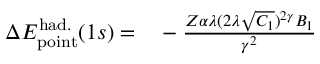
\begin{array} { r l } { \Delta { E } _ { \mathrm { p o i n t } } ^ { \mathrm { h a d . } } ( 1 s ) = } & { { } - \frac { Z \alpha \lambda ( 2 \lambda \sqrt { C _ { 1 } } ) ^ { 2 \gamma } B _ { 1 } } { \gamma ^ { 2 } } } \end{array}